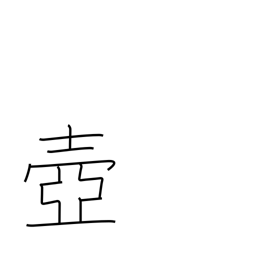
Meaning: pot